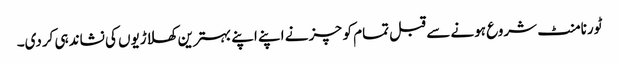
ٹورنامنٹ شروع ہونے سے قبل تمام کوچز نے اپنے اپنے بہترین کھلاڑیوں کی نشاندہی کردی۔